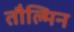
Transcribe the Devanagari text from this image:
तौल्मिन